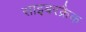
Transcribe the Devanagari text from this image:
साइबरक्रैक